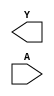
/**
 * Copyright 2020 The SkyWater PDK Authors
 *
 * Licensed under the Apache License, Version 2.0 (the "License");
 * you may not use this file except in compliance with the License.
 * You may obtain a copy of the License at
 *
 *     https://www.apache.org/licenses/LICENSE-2.0
 *
 * Unless required by applicable law or agreed to in writing, software
 * distributed under the License is distributed on an "AS IS" BASIS,
 * WITHOUT WARRANTIES OR CONDITIONS OF ANY KIND, either express or implied.
 * See the License for the specific language governing permissions and
 * limitations under the License.
 *
 * SPDX-License-Identifier: Apache-2.0
 */

`ifndef SKY130_FD_SC_HD__BUFINV_BLACKBOX_V
`define SKY130_FD_SC_HD__BUFINV_BLACKBOX_V

/**
 * bufinv: Buffer followed by inverter.
 *
 * Verilog stub definition (black box without power pins).
 *
 * WARNING: This file is autogenerated, do not modify directly!
 */

`timescale 1ns / 1ps
`default_nettype none

(* blackbox *)
module sky130_fd_sc_hd__bufinv (
    Y,
    A
);

    output Y;
    input  A;

    // Voltage supply signals
    supply1 VPWR;
    supply0 VGND;
    supply1 VPB ;
    supply0 VNB ;

endmodule

`default_nettype wire
`endif  // SKY130_FD_SC_HD__BUFINV_BLACKBOX_V